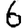
Digit: 6